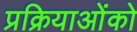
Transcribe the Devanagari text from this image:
प्रक्रियाओंको